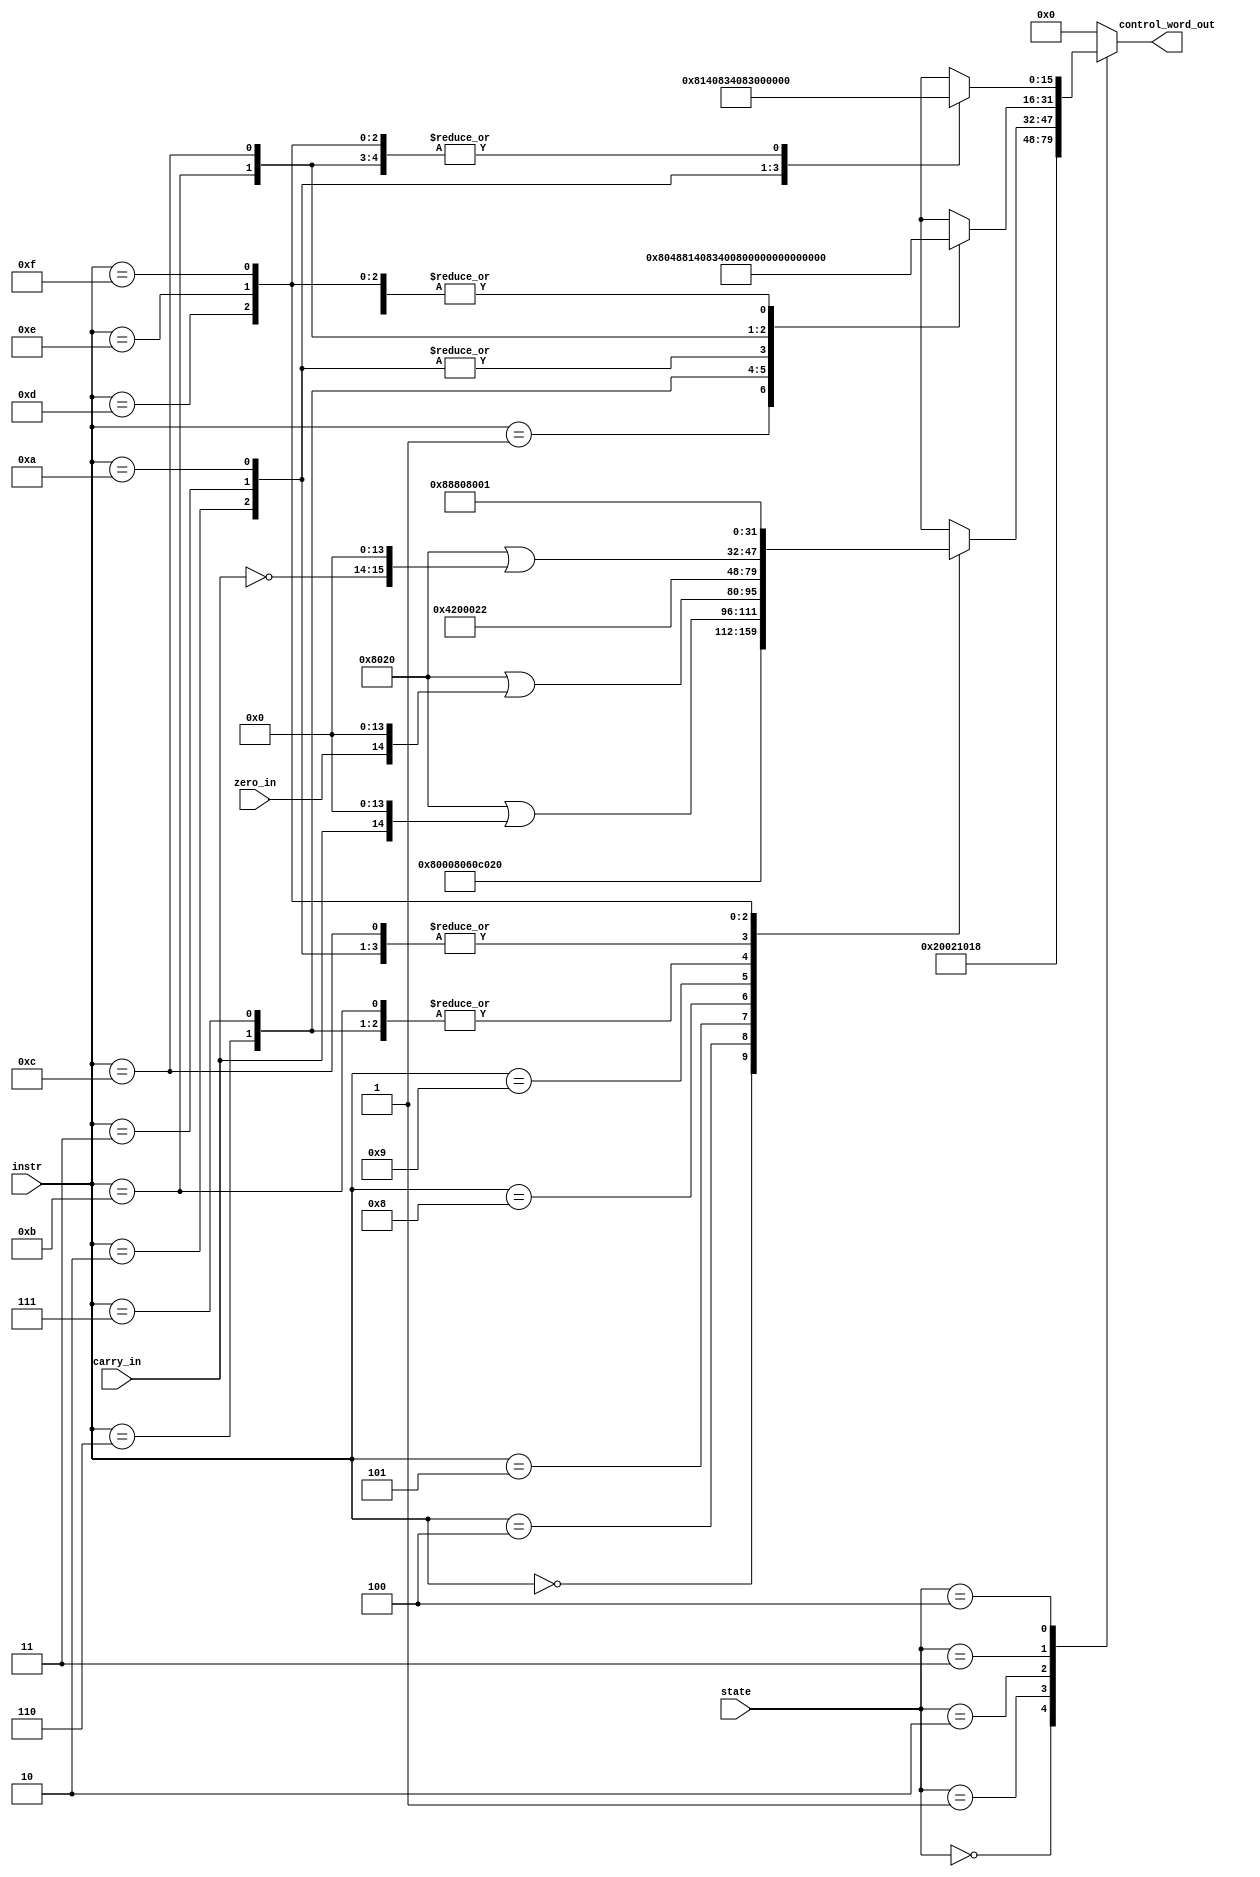
module microcode_rom(
	input [3:0] instr,
	input [2:0] state,
	output [15:0] control_word_out,
	input carry_in,
	input zero_in
);

wire [15:0] ucode2 [15:0];
wire [15:0] ucode3 [15:0];
wire [15:0] ucode4 [15:0];

reg [15:0] status;

always @(instr or state)
begin
	case (state)
	3'b000:	status <= 16'b0010_0000_0000_0010; // pc_out, mar_wr
	3'b001:	status <= 16'b0001_0000_0001_1000; // pc_count, ir_wr, ram_en
	3'b010:	status <= ucode2[instr];
	3'b011:	status <= ucode3[instr];
	3'b100:	status <= ucode4[instr];
	default:	status <= 16'b0;
	endcase
end

assign control_word_out = status;

assign ucode2[4'b0000] = 16'b1000_0000_0000_0000;	// NOP
assign ucode2[4'b0001] = 16'b0000_0000_0010_0010;	// LDA	(ir_en, mar_wr)
assign ucode2[4'b0010] = 16'b0000_0000_0010_0010;	// ADD	(ir_en, mar_wr)
assign ucode2[4'b0011] = 16'b0000_0000_0010_0010;	// SUB	(ir_en, mar_wr)
assign ucode2[4'b0100] = 16'b1000_0000_0110_0000;	// LDI	(a_wr, ir_en)
assign ucode2[4'b0101] = 16'b1100_0000_0010_0000;	// JMP	(pc_jmp, ir_en)
assign ucode2[4'b0110] = 16'b0000_0100_0010_0000;	// ADDI	(b_wr, ir_en)
assign ucode2[4'b0111] = 16'b0000_0100_0010_0000;	// SUBI	(b_wr, ir_en)
assign ucode2[4'b1000] = 16'b1000_0000_0010_0000 | (carry_in << 16'd14);	// JC		(pc_jmp = carry_in, ir_en)
assign ucode2[4'b1001] = 16'b1000_0000_0010_0000 | (zero_in  << 16'd14);	// JZ		(pc_jmp =  zero_in, ir_en)
assign ucode2[4'b1010] = 16'b0000_0000_0010_0010;	// CMP	(ir_en, mar_wr)
assign ucode2[4'b1011] = 16'b0000_0100_0010_0000;	// CMPI	(b_wr, ir_en)
assign ucode2[4'b1100] = 16'b0000_0000_0010_0010;	// STA	(ir_en, mar_wr)
assign ucode2[4'b1101] = 16'b1000_0000_0010_0000 | (~carry_in << 16'd14);	// JNC		(pc_jmp = ~carry_in, ir_en)
assign ucode2[4'b1110] = 16'b1000_1000_1000_0000;	// OUT	(a_en, 7seg_en)
assign ucode2[4'b1111] = 16'b1000_0000_0000_0001;	// HLT	(hlt)

assign ucode3[4'b0000] = 16'b0000_0000_0000_0000;	// NOP
assign ucode3[4'b0001] = 16'b1000_0000_0100_1000;	// LDA	(ram_en, a_wr)
assign ucode3[4'b0010] = 16'b0000_0100_0000_1000;	// ADD	(b_wr, ram_en)
assign ucode3[4'b0011] = 16'b0000_0100_0000_1000;	// SUB	(b_wr, ram_en)
assign ucode3[4'b0100] = 16'b0000_0000_0000_0000;	// LDI
assign ucode3[4'b0101] = 16'b0000_0000_0000_0000;	// JMP
assign ucode3[4'b0110] = 16'b1000_0001_0100_0000;	// ADDI	(alu_en, a_wr)
assign ucode3[4'b0111] = 16'b1000_0011_0100_0000;	// SUBI	(alu_su, alu_en, a_wr)
assign ucode3[4'b1000] = 16'b0000_0000_0000_0000;	// JC
assign ucode3[4'b1001] = 16'b0000_0000_0000_0000;	// JZ
assign ucode3[4'b1010] = 16'b0000_0100_0000_1000;	// CMP	(b_wr, ram_en)
assign ucode3[4'b1011] = 16'b1000_0011_0000_0000;	// CMPI	(alu_su, alu_en)
assign ucode3[4'b1100] = 16'b1000_0000_1000_0100;	// STA	(ram_wr, a_en)
assign ucode3[4'b1101] = 16'b0000_0000_0000_0000;	// JNC
assign ucode3[4'b1110] = 16'b0000_0000_0000_0000;	// OUT
assign ucode3[4'b1111] = 16'b0000_0000_0000_0000;	// HLT


assign ucode4[4'b0000] = 16'b0000_0000_0000_0000;	// NOP
assign ucode4[4'b0001] = 16'b0000_0000_0000_0000;	// LDA
assign ucode4[4'b0010] = 16'b1000_0001_0100_0000;	// ADD	(alu_en, a_wr)
assign ucode4[4'b0011] = 16'b1000_0011_0100_0000;	// SUB	(alu_su, alu_en, a_wr)
assign ucode4[4'b0100] = 16'b0000_0000_0000_0000;	// LDI
assign ucode4[4'b0101] = 16'b0000_0000_0000_0000;	// JMP
assign ucode4[4'b0110] = 16'b0000_0000_0000_0000;	// ADDI
assign ucode4[4'b0111] = 16'b0000_0000_0000_0000;	// SUBI
assign ucode4[4'b1000] = 16'b0000_0000_0000_0000;	// JC
assign ucode4[4'b1001] = 16'b0000_0000_0000_0000;	// JZ
assign ucode4[4'b1010] = 16'b1000_0011_0000_0000;	// CMP
assign ucode4[4'b1011] = 16'b0000_0000_0000_0000;	// CMPI
assign ucode4[4'b1100] = 16'b0000_0000_0000_0000;	// STA
assign ucode4[4'b1101] = 16'b0000_0000_0000_0000;	// JNC
assign ucode4[4'b1110] = 16'b0000_0000_0000_0000;	// OUT
assign ucode4[4'b1111] = 16'b0000_0000_0000_0000;	// HLT



endmodule